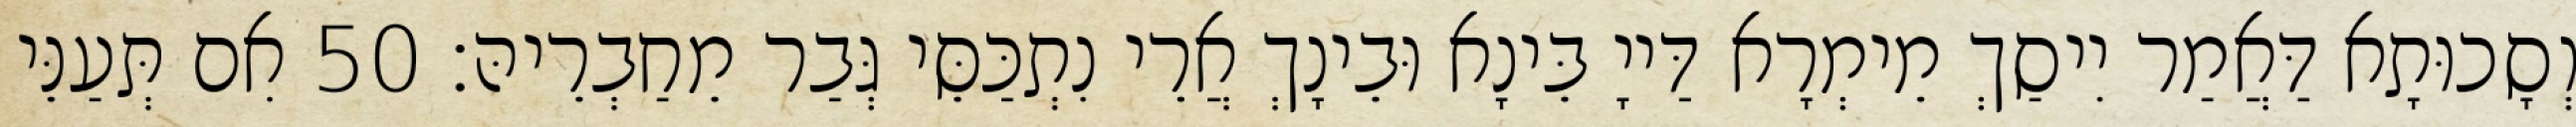
וְסָכוּתָא דַּאֲמַר יִיסַךְ מֵימְרָא דַּייָ בֵּינָא וּבֵינָךְ אֲרֵי נִתְכַּסֵּי גְּבַר מֵחַבְרֵיהּ׃ 50 אִם תְּעַנֵּי